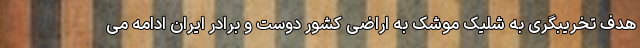
هدف تخریبگری به شلیک موشک به اراضی کشور دوست و برادر ایران ادامه می